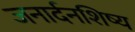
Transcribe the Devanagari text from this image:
जनार्दनशिष्य